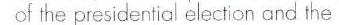
of the presidential election and the